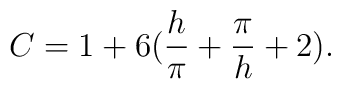
C=1+6({h\over\pi}+{\pi\over h}+2).